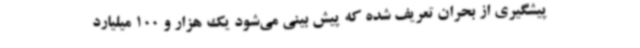
پیشگیری از بحران تعریف شده که پیش بینی می‌شود یک هزار و 100 میلیارد